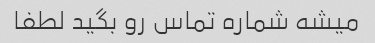
میشه شماره تماس رو بگید لطفا